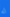
له